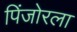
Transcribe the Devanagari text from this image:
पिंजोरला